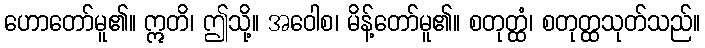
ဟောတော်မူ၏။ ဣတိ၊ ဤသို့။ အဝေါစ၊ မိန့်တော်မူ၏။ စတုတ္ထံ၊ စတုတ္ထသုတ်သည်။